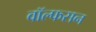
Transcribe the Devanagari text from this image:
वॉल्फसन